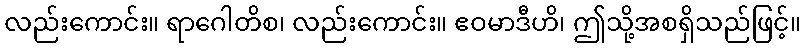
လည်းကောင်း။ ရာဂေါတိစ၊ လည်းကောင်း။ ဧဝမာဒီဟိ၊ ဤသို့အစရှိသည်ဖြင့်။